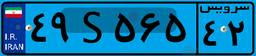
۵۷S۴۹۵۵۱